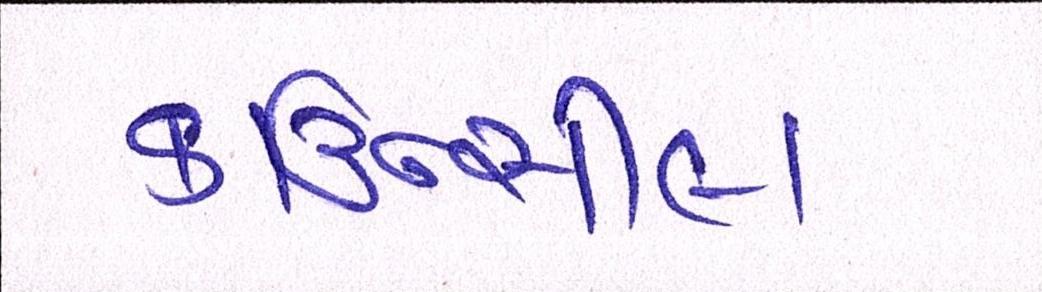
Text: કાઉન્સીલ